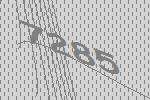
7285